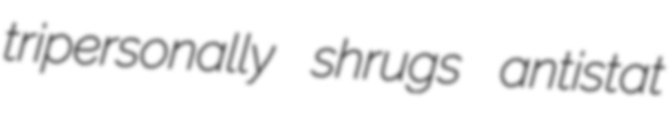
tripersonally shrugs antistat